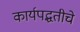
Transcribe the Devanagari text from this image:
कार्यपद्धतीचे